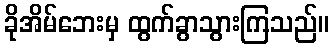
ခိုအိမ်ဘေးမှ ထွက်ခွာသွားကြသည်။